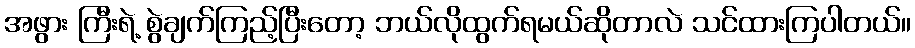
အဖွား ကြီးရဲ့ စွဲချက်ကြည့်ပြီးတော့ ဘယ်လိုထွက်ရမယ်ဆိုတာလဲ သင်ထားကြပါတယ်။